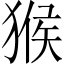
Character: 猴